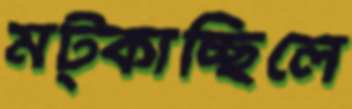
মট্‌কাচ্ছিলে